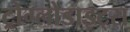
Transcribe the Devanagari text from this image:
ट्रोग्लोडाइट्स